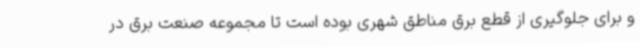
و برای جلوگیری از قطع برق مناطق شهری بوده است تا مجموعه صنعت برق در